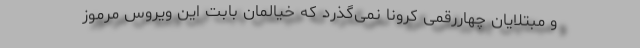
و مبتلایان چهاررقمی کرونا نمی‌گذرد که خیالمان بابت این ویروس مرموز